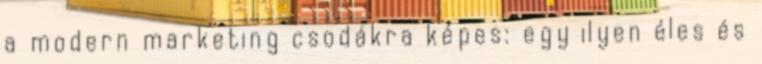
a modern marketing csodákra képes: egy ilyen éles és